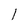
Character: l